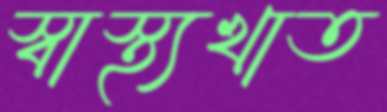
স্বাস্থ্যখাত